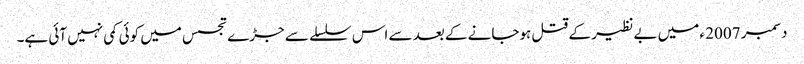
دسمبر 2007 ء میں بے نظیر کے قتل ہوجانے کے بعد سے اس سلسلے سے جڑے تجسس میں کوئی کمی نہیں آئی ہے۔